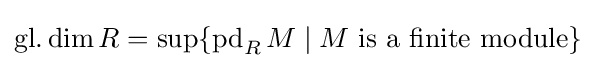
\operatorname {gl.dim} R=\sup\{\operatorname {pd} _{R}M\mid M{\text{ is a finite module}}\}